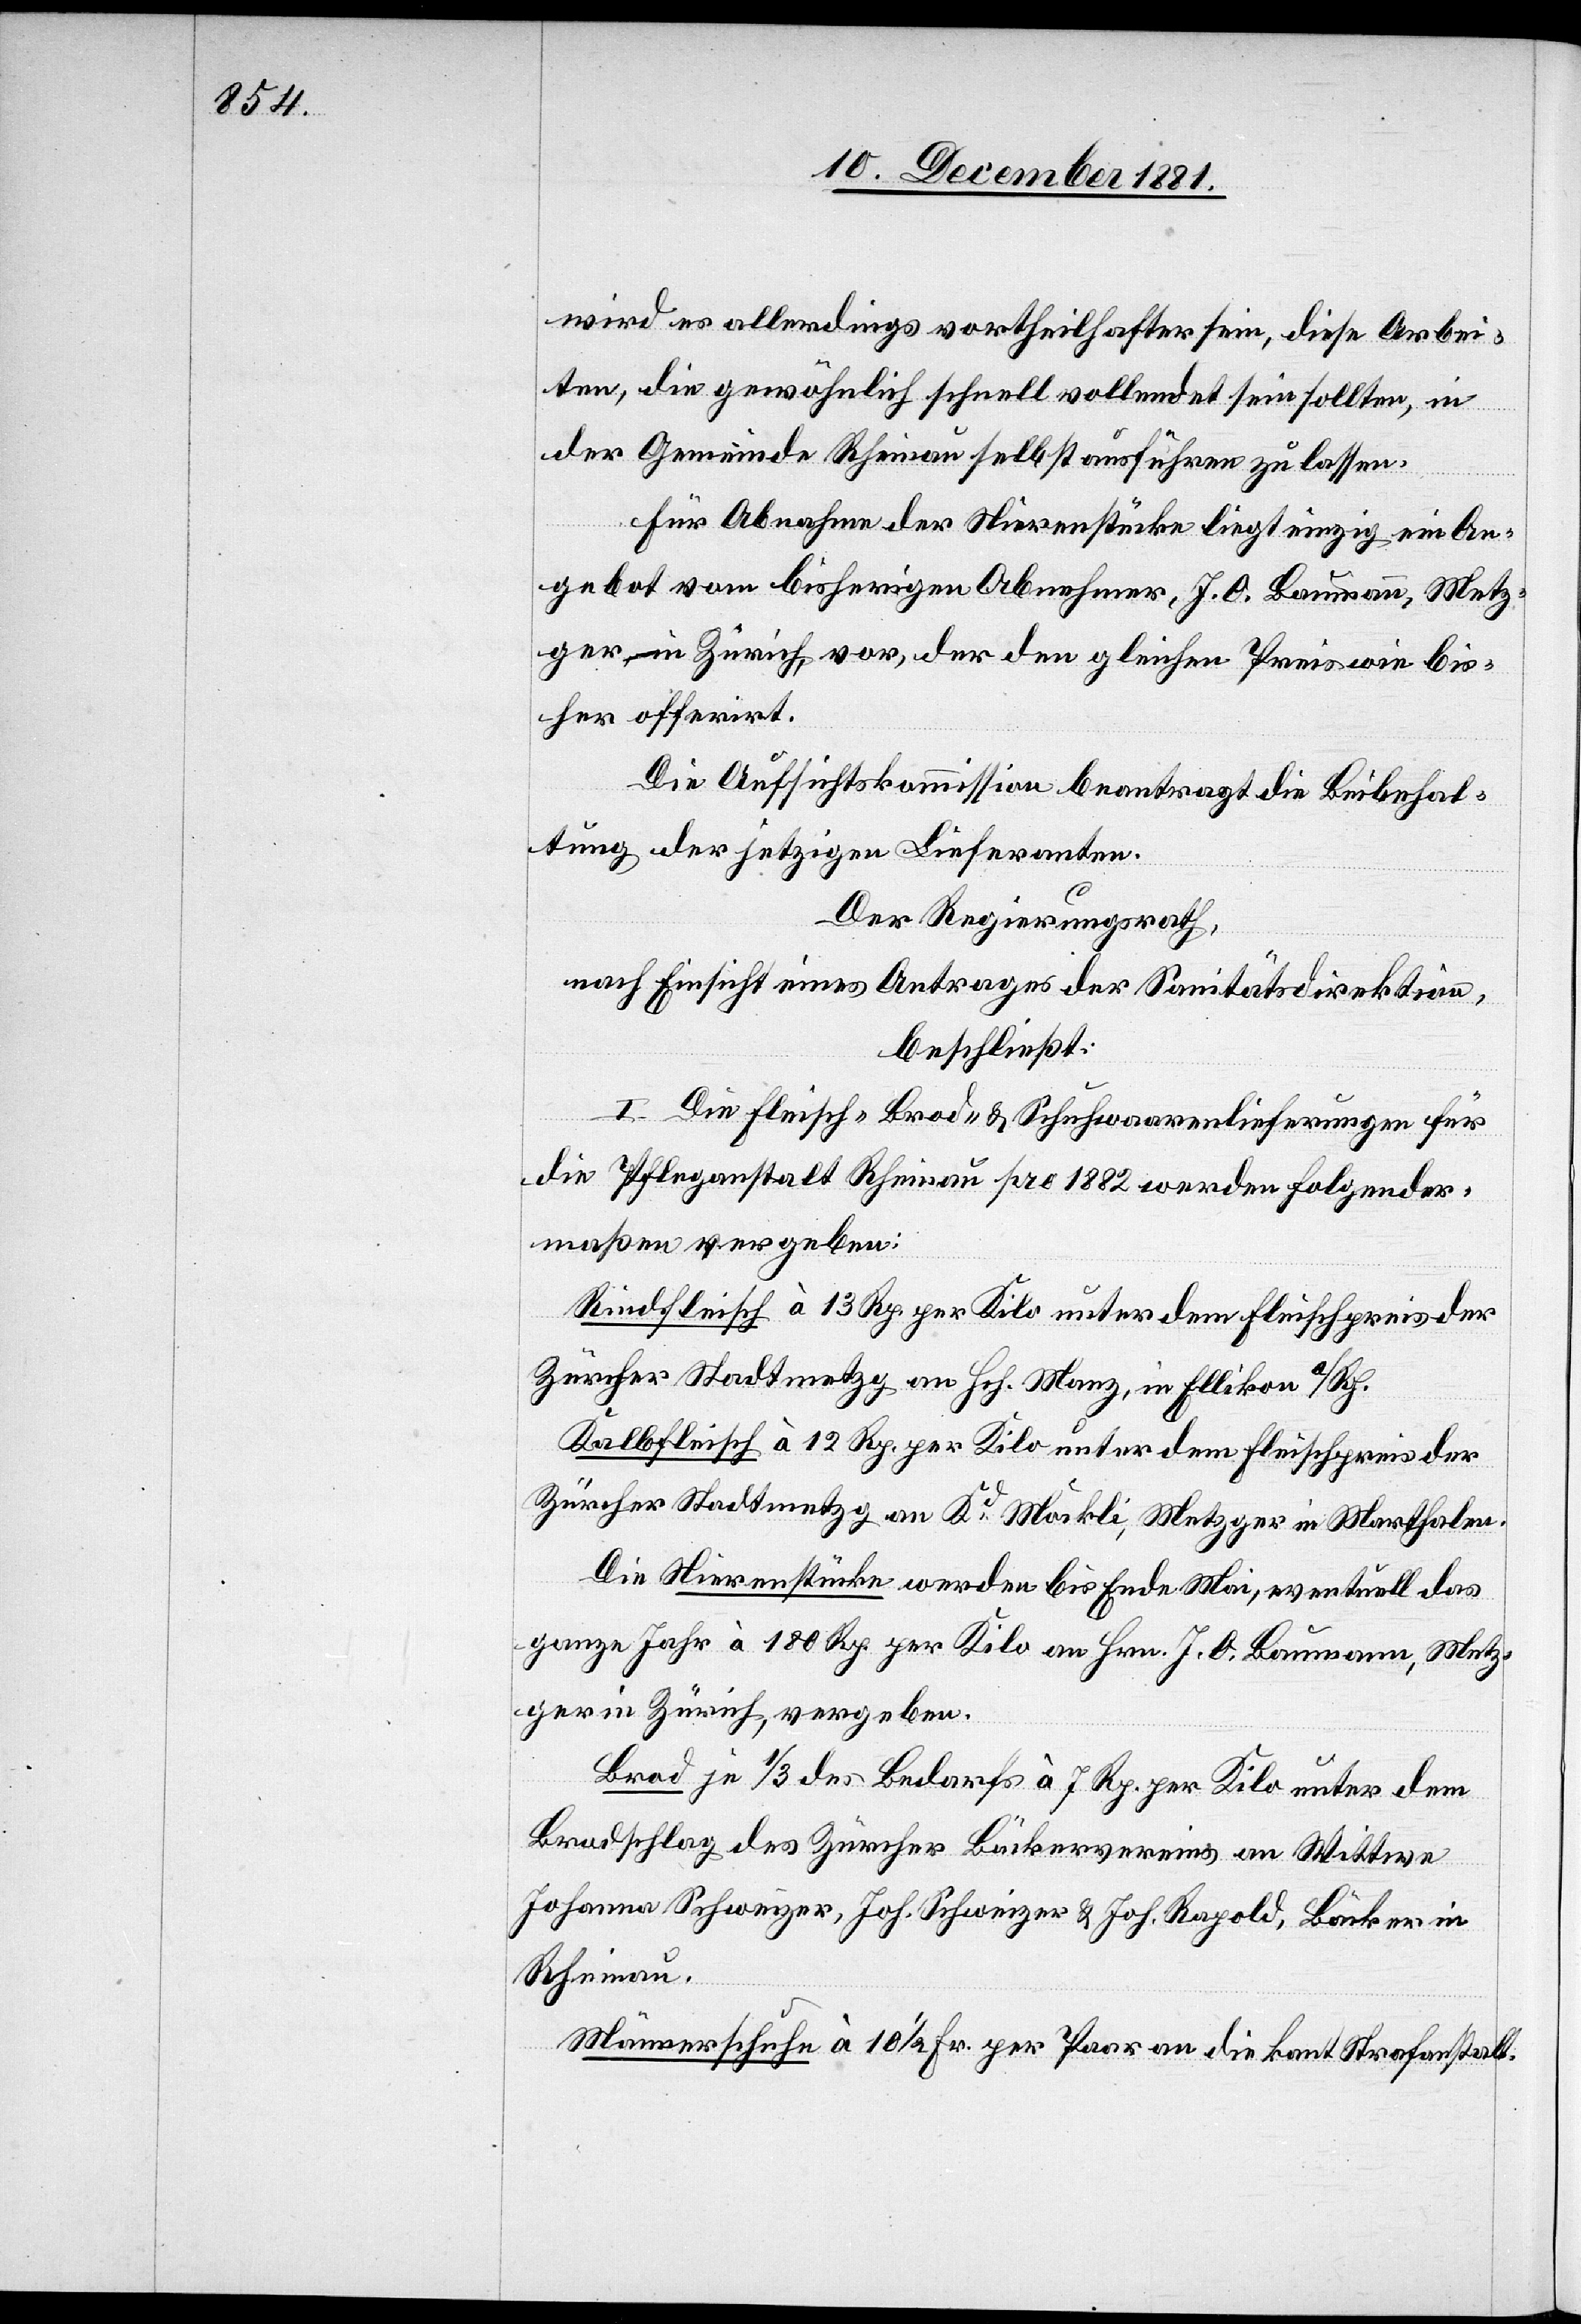
wird es allerdings vortheilhafter sein, diese Arbei¬
ten, die gewöhnlich schnell vollendet sein sollten, in
der Gemeinde Rheinau selbst ausführen zu lassen.
Für Abnahme der Nierenstücke liegt einzig ein An¬
gebot vom bisherigen Abnehmer, J. O. Baumann, Metz¬
ger, in Zürich, vor, der den gleichen Preis wie bis¬
her offerirt.
Die Aufsichtskommission beantragt die Beibehal¬
tung der jetzigen Lieferanten.
Der Regierungsrath,
nach Einsicht eines Antrages der Sanitätsdirektion,
beschließt:
I. Die Fleisch-[,] Brod- & Schuhwaarenlieferungen für
die Pflegeanstalt Rheinau pro 1882 werden folgender¬
maßen vergeben:
Rindfleisch à 13 Rp. per Kilo unter dem Fleischpreis der
Zürcher Stadtmetzg an Hch. Manz, in Ellikon a/Rh.
Kalbfleisch à 12 Rp. per Kilo unter dem Fleischpreis der
Zürcher Stadtmetzg an Kd Möckli, Metzger in Marthalen.
Die Nierenstücke werden bis Ende Mai, eventuell das
ganze Jahr à 180 Rp. per Kilo an Hrn. J. O. Baumann, Metz¬
ger in Zürich, vergeben.
Brod je 1/3 des Bedarfs à 7 Rp. per Kilo unter dem
Brodschlag des Zürcher Bäckervereins an Wittwe
Johanna Schweizer, Joh. Schweizer & Joh. Rapold, Bäcker in
Rheinau.
Männerschuhe à 10 1/2 Fr. per Paar an die kant. Strafanstalt.